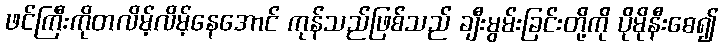
ဖင်ကြီးကိုတလိမ့်လိမ့်နေအောင် ကုန်သည်ဖြစ်သည် ချီးမွမ်းခြင်းတို့ကို ပိုမိုနီးစေ၍